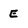
Character: E